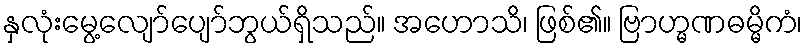
နှလုံးမွေ့လျော်ပျော်ဘွယ်ရှိသည်။ အဟောသိ၊ ဖြစ်၏။ ဗြာဟ္မဏဓမ္မိကံ၊